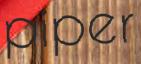
piper